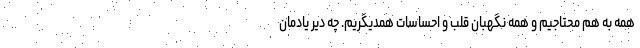
همه به هم محتاجیم و همه نگهبان قلب و احساسات همدیگریم. چه دیر یادمان